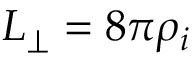
L _ { \perp } = 8 \pi \rho _ { i }